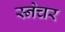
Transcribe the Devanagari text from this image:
स्नेचर